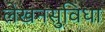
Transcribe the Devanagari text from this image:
लेखनसुविधा